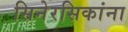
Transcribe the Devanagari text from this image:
सिनेरसिकांना